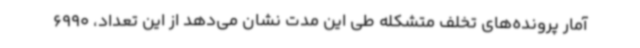
آمار پرونده‌های تخلف متشکله طی این مدت نشان می‌دهد از این تعداد، 6990